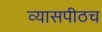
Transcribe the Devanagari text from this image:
व्यासपीठच